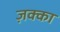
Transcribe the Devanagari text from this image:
ज़क्का